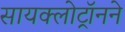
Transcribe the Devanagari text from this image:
सायक्लोट्रॉनने